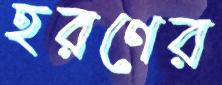
হরণের